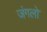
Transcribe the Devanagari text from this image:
जंगलोॱ